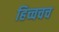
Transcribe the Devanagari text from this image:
हिच्चचच